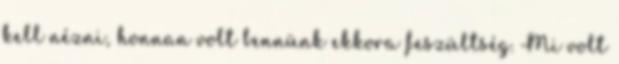
kell nézni, honnan volt bennünk ekkora feszültség. Mi volt